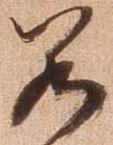
若